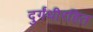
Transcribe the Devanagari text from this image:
दुर्गंधीरहित